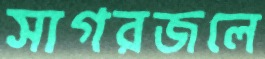
সাগরজলে